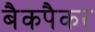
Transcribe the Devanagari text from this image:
बैकपैकर